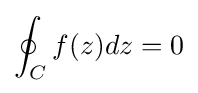
\oint _{C}f(z)dz=0